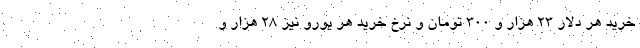
خرید هر دلار ۲۳ هزار و ۳۰۰ تومان و نرخ خرید هر یورو نیز ۲۸ هزار و